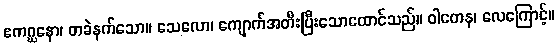
ဧကဂ္ဃနော၊ တခဲနက်သော။ သေလော၊ ကျောက်အတီးပြီးသောထောင်သည်။ ဝါတေန၊ လေကြောင့်။